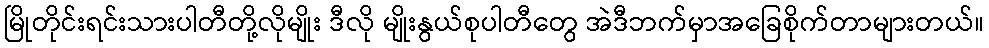
မြိုတိုင်းရင်းသားပါတီတို့လိုမျိုး ဒီလို မျိုးနွယ်စုပါတီတွေ အဲဒီဘက်မှာအခြေစိုက်တာများတယ်။